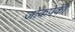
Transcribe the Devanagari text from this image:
जोकपेकी